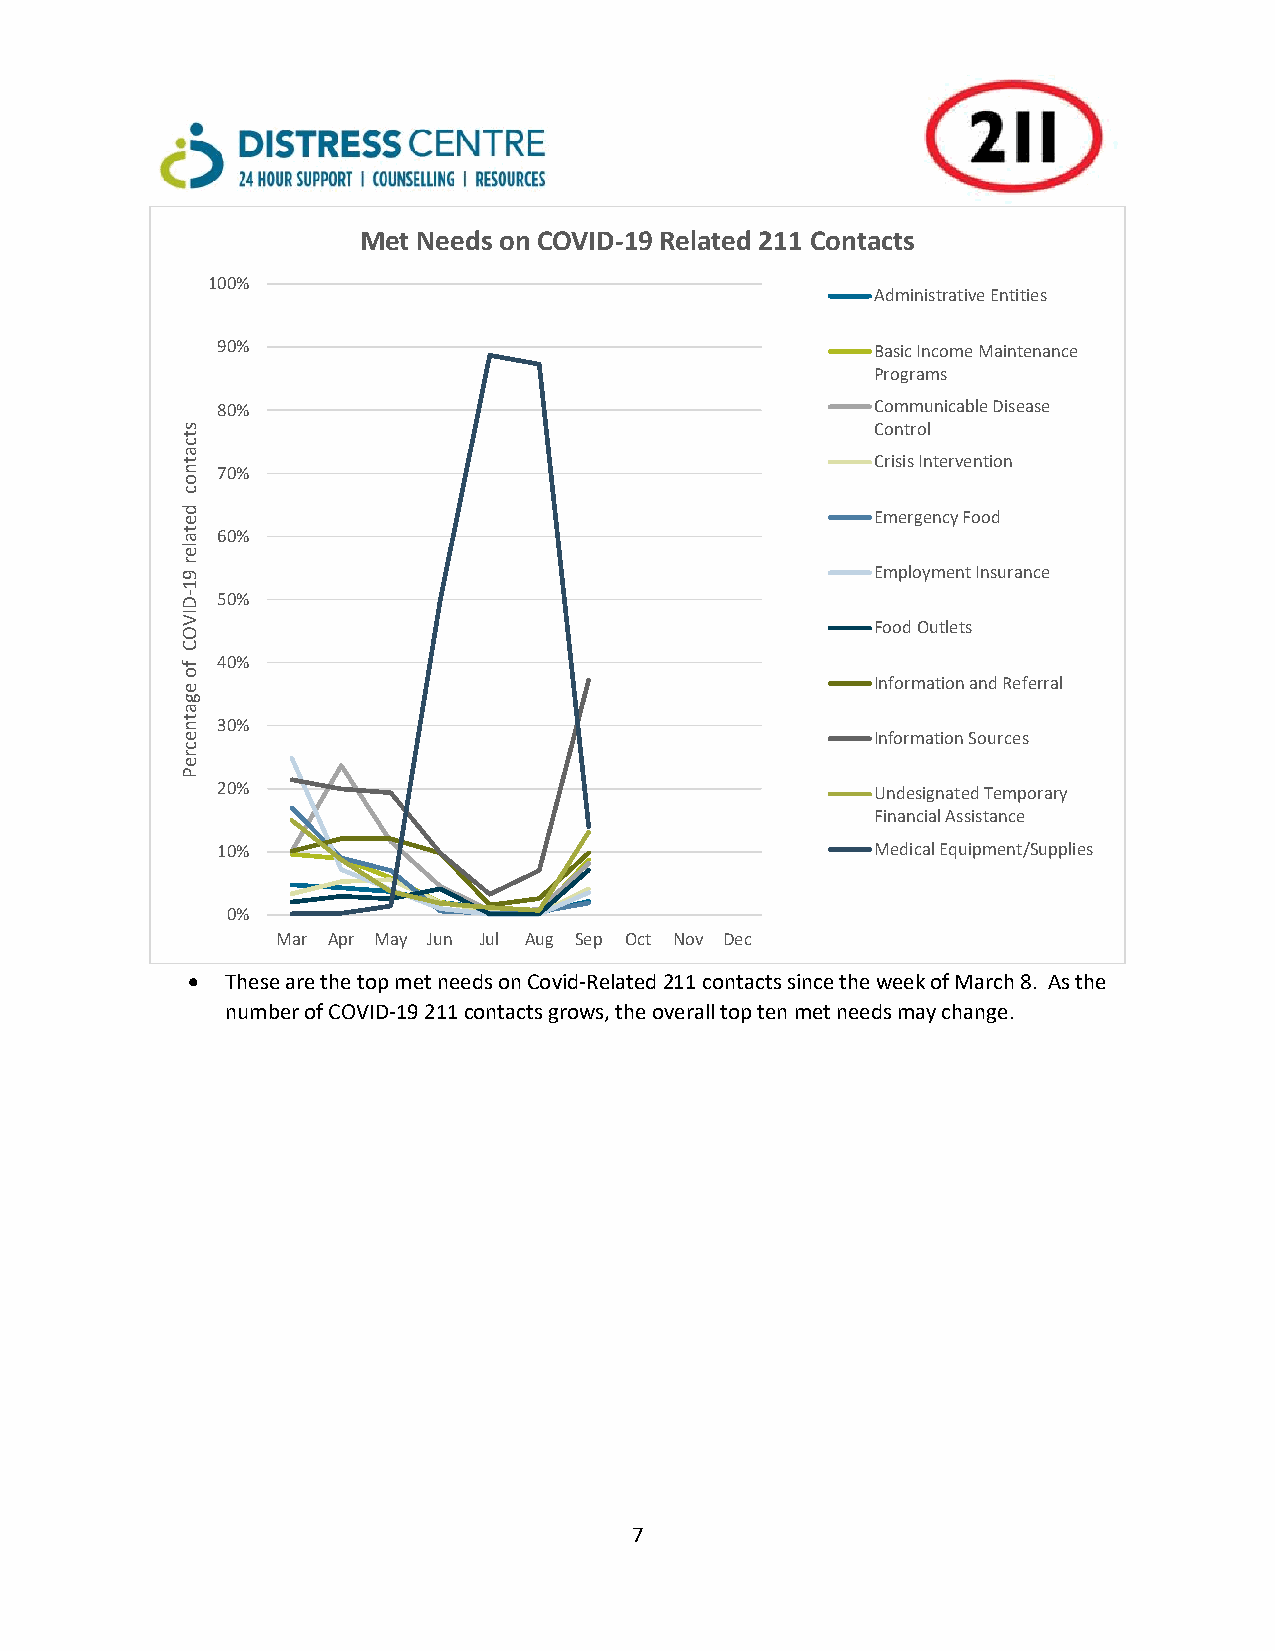
Met Needs on COVID-19 Related 211 Contacts
 100%
 Administrative Entities
 90%                                         Basic Income Maintenance
 Programs
 80%                                         Communicable Disease
 s                                             Control
 t
 c
 a
 t                                             Crisis Intervention
 n 70%
 o
 c
 d e                                           Emergency Food
 t a 60%
 le
 r
 9                                             Employment Insurance
 1
 D- 50%
 IV
 Food Outlets
 O
 C
 f 40%
 o
 e
 Information and Referral
 g
 a
 t n 30%
 e                                             Information Sources
 c
 r
 e
 P
 20%                                         Undesignated Temporary
 Financial Assistance
 10%                                         Medical Equipment/Supplies
 0%
 Mar Apr May Jun Jul Aug Sep Oct Nov Dec
   These are the top met needs on Covid-Related 211 contacts since the week of March 8. As the
 number of COVID-19 211 contacts grows, the overall top ten met needs may change.
 7